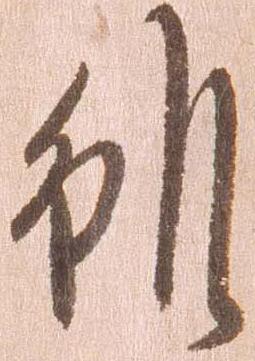
雖